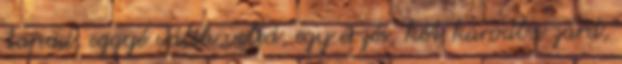
tapad, eggyé válik veled, egy érzés, két karodba zárd,